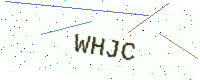
Text: WHJC